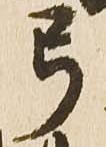
弓